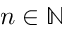
n \in \mathbb N